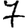
Digit: 7